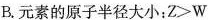
B.元素的原子半径大小： $$Z > W$$